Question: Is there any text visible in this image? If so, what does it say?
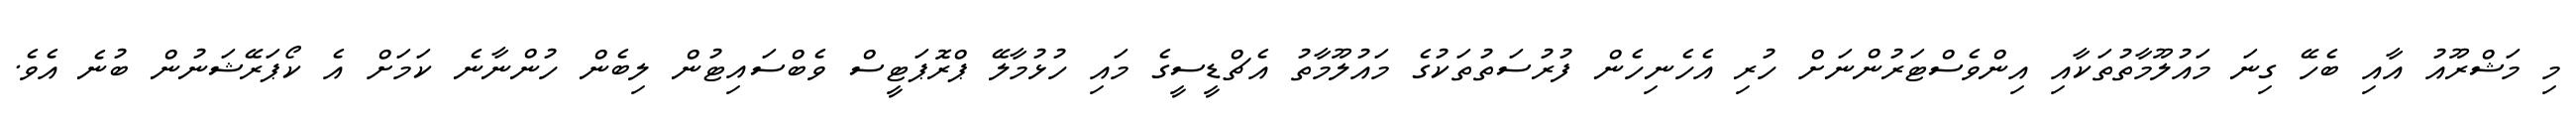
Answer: މި މަޝްރޫއު އާއި ބެހޭ ގިނަ މައުލޫމާތުތަކާއި އިންވެސްޓަރުންނަށް ހުރި އެހެނިހެން ފުރުސަތުތަކުގެ މައުލޫމާތު އެޗްޑީސީގެ މައި ހުޅުމާލޭ ޕްރޮޕަޓީސް ވެބްސައިޓުން ލިބެން ހުންނާނެ ކަމަށް އެ ކޯޕަރޭޝަނުން ބުނެ އެވެ.